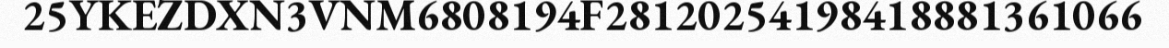
25YKEZDXN3VNM6808194F28120254198418881361066